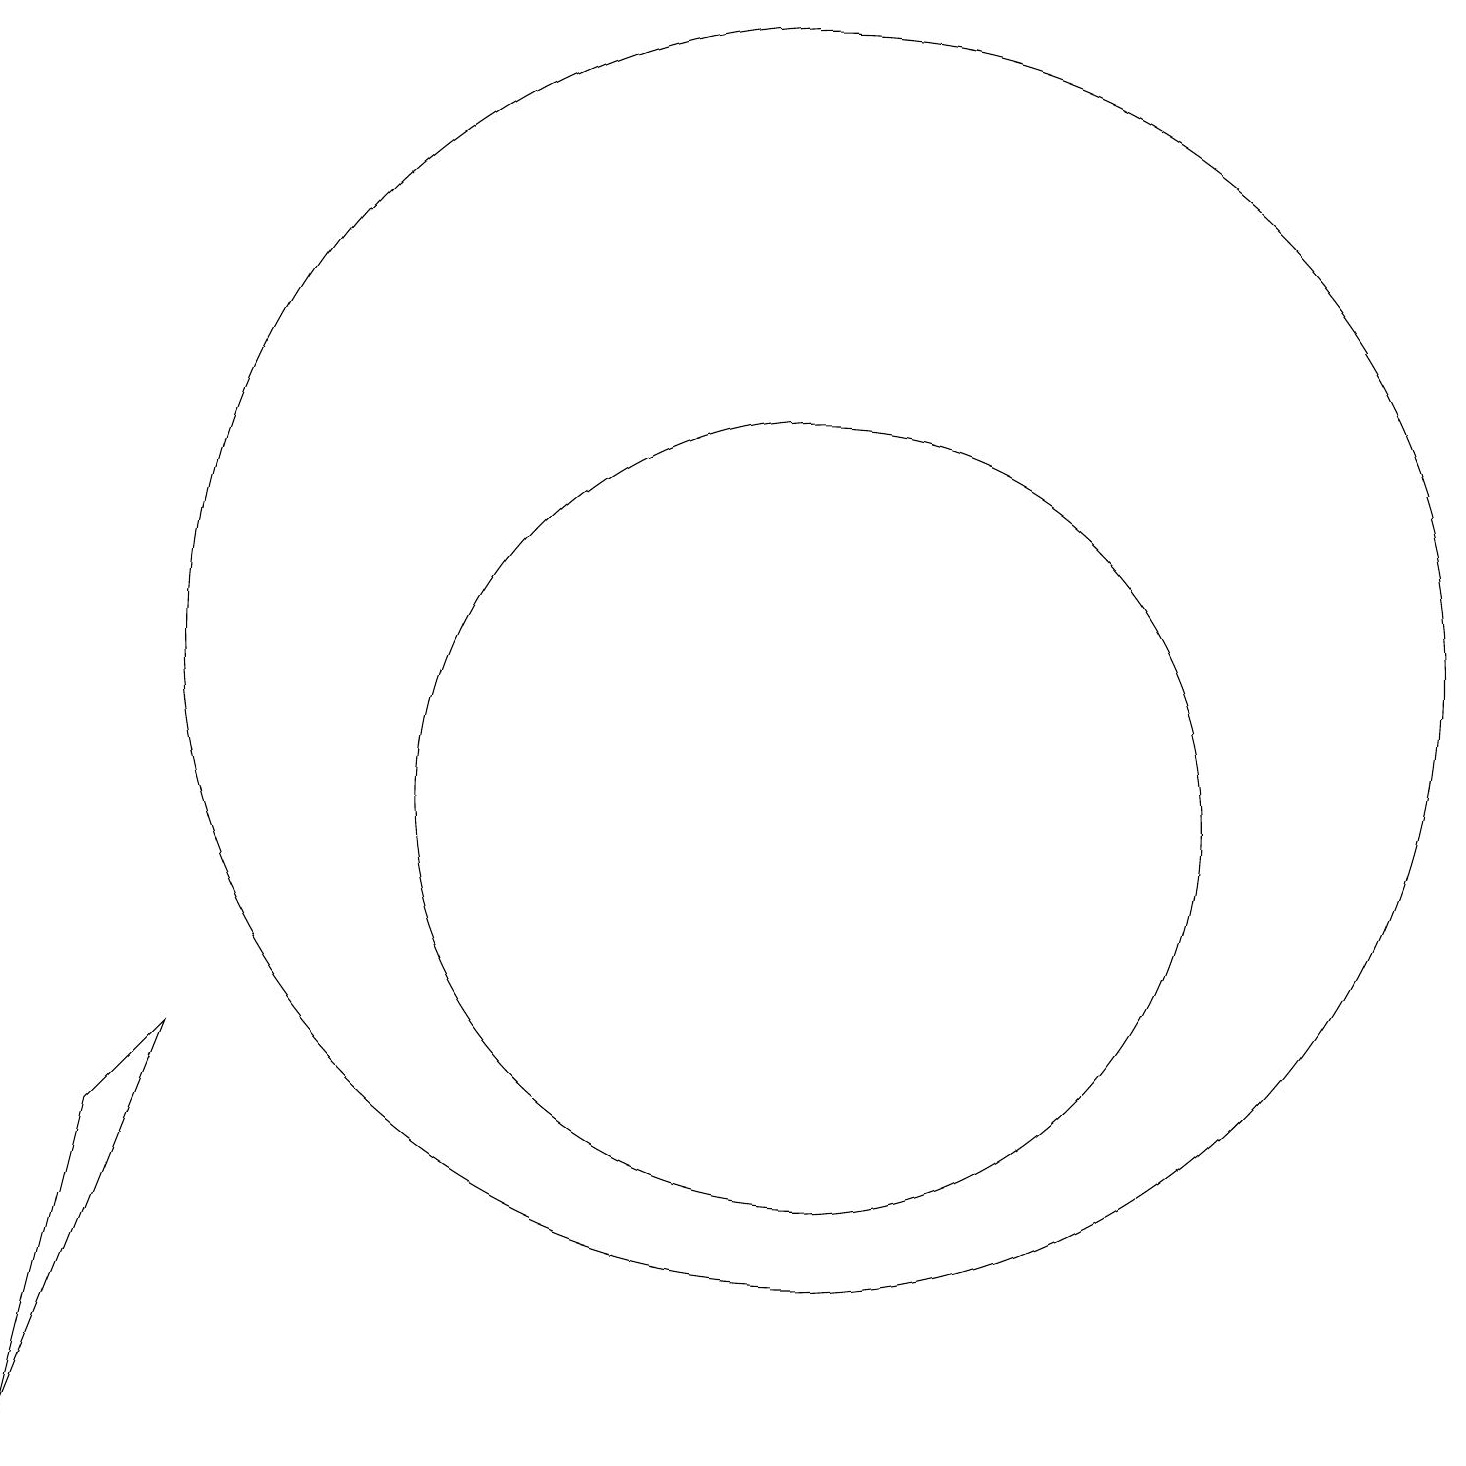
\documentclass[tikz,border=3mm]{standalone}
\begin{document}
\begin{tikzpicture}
\draw (11,10) circle (5);
\draw (3,7) -- (2,6) -- (1,2) -- cycle;
\draw (11,12) circle (8);
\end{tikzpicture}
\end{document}